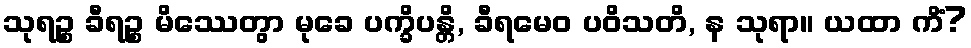
သုရဉ္စ ခီရဉ္စ မိဿေတွာ မုခေ ပက္ခိပန္တိ, ခီရမေဝ ပဝိသတိ, န သုရာ။ ယထာ ကိံ?